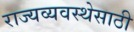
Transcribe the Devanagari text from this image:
राज्यव्यवस्थेसाठी